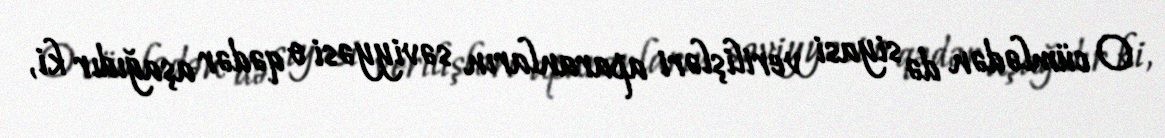
O cümlədən də siyasi verilişləri aparanların səviyyəsi o qədər aşağıdır ki,